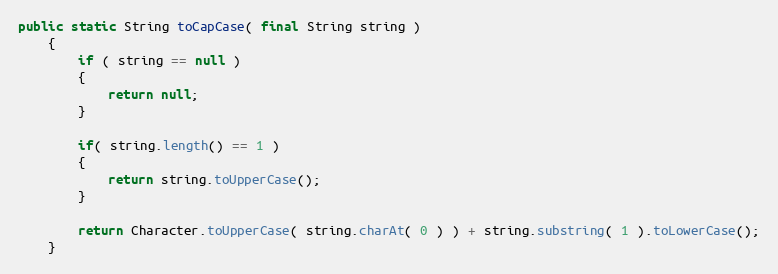
Language: Java
public static String toCapCase( final String string )
    {
        if ( string == null )
        {
            return null;
        }

        if( string.length() == 1 )
        {
            return string.toUpperCase();
        }

        return Character.toUpperCase( string.charAt( 0 ) ) + string.substring( 1 ).toLowerCase();
    }